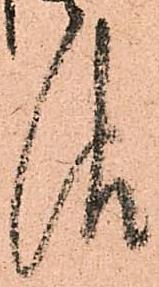
報